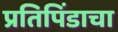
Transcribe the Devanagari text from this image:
प्रतिपिंडाचा